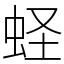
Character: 蛏